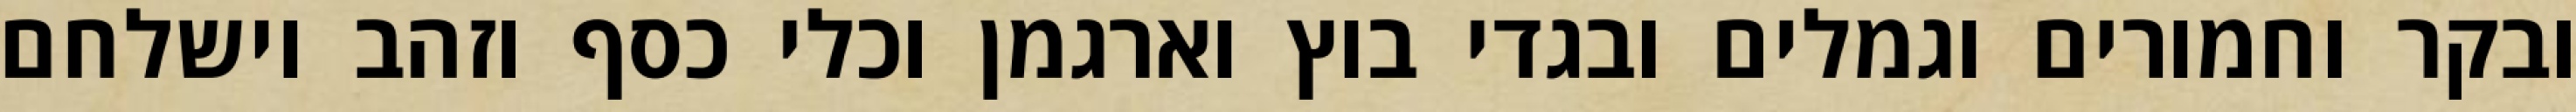
ובקר וחמורים וגמלים ובגדי בוץ וארגמן וכלי כסף וזהב וישלחם